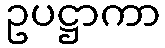
ဥပဋ္ဌာကာ